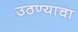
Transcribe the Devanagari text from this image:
उठण्याचा